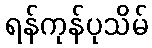
ရန်ကုန်ပုသိမ်